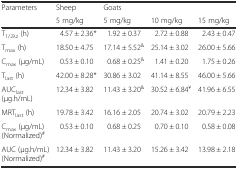
<table><thead><tr><td rowspan="2"><b>Parameters</b></td><td><b>Sheep</b></td><td colspan="3"><b>Goats</b></td></tr><tr><td><b>5 mg/kg</b></td><td><b>5 mg/kg</b></td><td><b>10 mg/kg</b></td><td><b>15 mg/kg</b></td></tr></thead><tbody><tr><td>T<sub>1/2λz</sub> (h)</td><td>4.57 ± 2.36*</td><td>1.92 ± 0.37</td><td>2.72 ± 0.88</td><td>2.43 ± 0.47</td></tr><tr><td>T<sub>max</sub> (h)</td><td>18.50 ± 4.75</td><td>17.14 ± 5.52<sup>&amp;</sup></td><td>25.14 ± 3.02</td><td>26.00 ± 5.66</td></tr><tr><td>C<sub>max</sub> (μg/mL)</td><td>0.53 ± 0.10</td><td>0.68 ± 0.25<sup>&amp;</sup></td><td>1.41 ± 0.20</td><td>1.75 ± 0.26</td></tr><tr><td>T<sub>last</sub> (h)</td><td>42.00 ± 8.28*</td><td>30.86 ± 3.02</td><td>41.14 ± 8.55</td><td>46.00 ± 5.66</td></tr><tr><td>AUC<sub>last</sub> (μg.h/mL)</td><td>12.34 ± 3.82</td><td>11.43 ± 3.20<sup>&amp;</sup></td><td>30.52 ± 6.84<sup>¥</sup></td><td>41.96 ± 6.55</td></tr><tr><td>MRT<sub>last</sub> (h)</td><td>19.78 ± 3.42</td><td>16.16 ± 2.05</td><td>20.74 ± 3.02</td><td>20.79 ± 2.23</td></tr><tr><td>C<sub>max</sub> (μg/mL) (Normalized)<sup>#</sup></td><td>0.53 ± 0.10</td><td>0.68 ± 0.25</td><td>0.70 ± 0.10</td><td>0.58 ± 0.08</td></tr><tr><td>AUC (μg.h/mL) (Normalized)<sup>#</sup></td><td>12.34 ± 3.82</td><td>11.43 ± 3.20</td><td>15.26 ± 3.42</td><td>13.98 ± 2.18</td></tr></tbody></table>